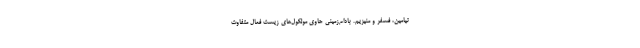
تیامین، فسفر و منیزیم. بادام‌زمینی حاوی مولکول‌های زیست فعال متفاوت